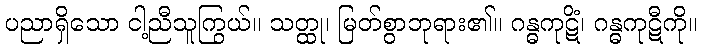
ပညာရှိသော ငါ့ညီသူကြွယ်။ သတ္ထု၊ မြတ်စွာဘုရား၏။ ဂန္ဓကုဋိံ၊ ဂန္ဓကုဋီကို။